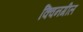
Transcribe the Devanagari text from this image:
क्विनगील